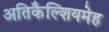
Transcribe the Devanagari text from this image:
अतिकैल्शियमेह